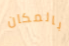
بالمكان